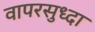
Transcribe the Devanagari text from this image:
वापरसुध्दा